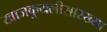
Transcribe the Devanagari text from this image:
खाजकुयलीसारख्या